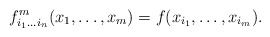
\begin{align*}f^{m}_{i_1\ldots i_n}(x_1,\ldots,x_m)=f(x_{i_1},\ldots,x_{i_m}).\end{align*}